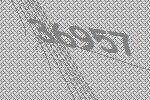
36957